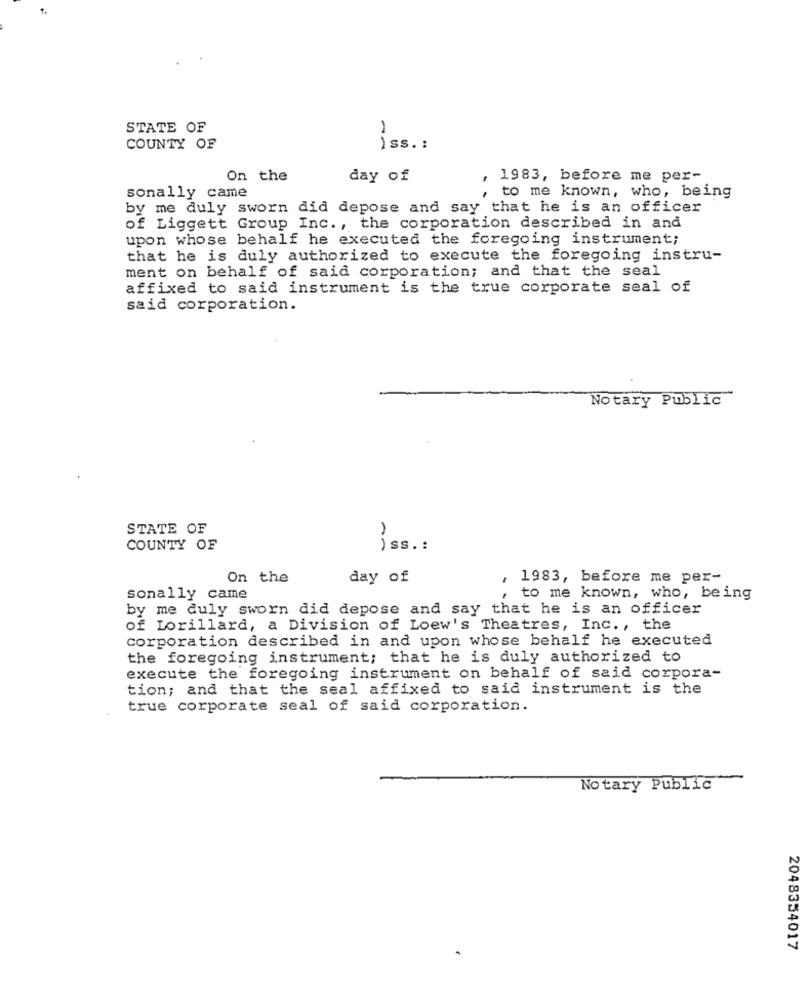
STATE OF
COUNTY OF
iss .:
On the
day of
, 1983, before me per-
sonally came
to me known, who, being
by me duly sworn did depose and say that he is an officer
of Liggett Group Inc ., the corporation described in and
upon whose behalf he executed the foregoing instrument;
that he is duly authorized to execute the foregoing instru-
ment on behalf of said corporation; and that the seal
affixed to said instrument is the true corporate seal of
said corporation.
Notary Public
STATE OF
COUNTY OF
iss .:
On the
day of
1983, before me per-
sonally came
, to me known, who, being
by me duly sworn did depose and say that he is an officer
of Lorillard, a Division of Loew's Theatres, Inc ., the
corporation described in and upon whose behalf he executed
the foregoing instrument; that he is duly authorized to
execute the foregoing instrument on behalf of said corpora-
tion; and that the seal affixed to said instrument is the
true corporate seal of said corporation.
Notary Public
2048354017